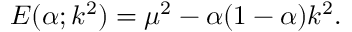
E ( \alpha ; k ^ { 2 } ) = \mu ^ { 2 } - \alpha ( 1 - \alpha ) k ^ { 2 } .